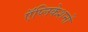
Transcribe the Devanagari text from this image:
ऍप्लिकेशनों